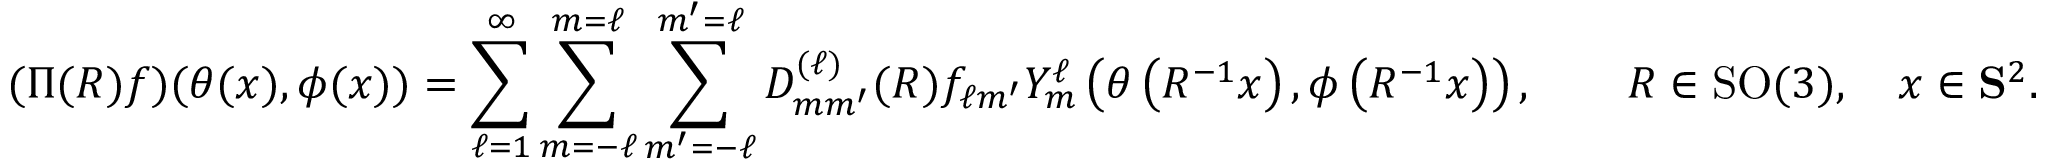
( \Pi ( R ) f ) ( \theta ( x ) , \phi ( x ) ) = \sum _ { \ell = 1 } ^ { \infty } \sum _ { m = - \ell } ^ { m = \ell } \sum _ { m ^ { \prime } = - \ell } ^ { m ^ { \prime } = \ell } D _ { m m ^ { \prime } } ^ { ( \ell ) } ( R ) f _ { \ell m ^ { \prime } } Y _ { m } ^ { \ell } \left( \theta \left( R ^ { - 1 } x \right) , \phi \left( R ^ { - 1 } x \right) \right) , \qquad R \in \operatorname { S O } ( 3 ) , \quad x \in \mathbf { S } ^ { 2 } .